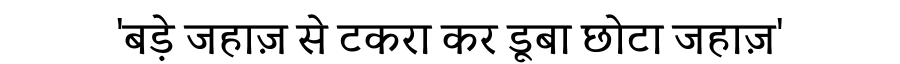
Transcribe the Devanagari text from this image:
'बड़े जहाज़ से टकरा कर डूबा छोटा जहाज़'